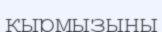
қырмызыны